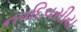
નવદિવસીય